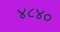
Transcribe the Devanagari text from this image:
४८४०